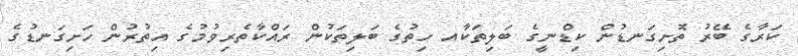
ކަރާގެ ބޭރު ތޮށިގަނޑުން ކިޑްނީގެ ބަލިތަކާއ ހިތުގެ ބަލިތަކުން ރައްކާތެރިވުމުގެ އިތުރުން ހަށިގަނޑުގެ